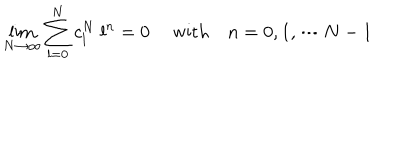
LaTeX: \lim _ { N \rightarrow \infty } \sum _ { l = 0 } ^ { N } c _ { l } ^ { N } \ l ^ { n } = 0 \ \quad \mathrm { w i t h } \quad n = 0 , 1 , \cdots N - 1 \,